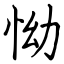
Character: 怮